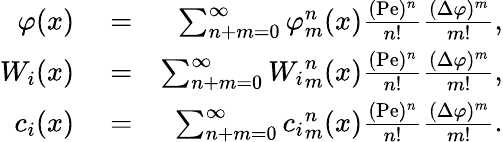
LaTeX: \begin{array}{rlr}{\varphi(x)}&{{}=}&{\sum_{n+m=0}^{\infty}{\varphi}_{m}^{n}(x)\frac{(\mathrm{Pe})^{n}}{n!}\frac{(\Delta\varphi)^{m}}{m!},}\\ {W_{i}(x)}&{{}=}&{\sum_{n+m=0}^{\infty}{W_{i}}_{m}^{n}(x)\frac{(\mathrm{Pe})^{n}}{n!}\frac{(\Delta\varphi)^{m}}{m!},}\\ {c_{i}(x)}&{{}=}&{\sum_{n+m=0}^{\infty}{c_{i}}_{m}^{n}(x)\frac{(\mathrm{Pe})^{n}}{n!}\frac{(\Delta\varphi)^{m}}{m!}.}\end{array}